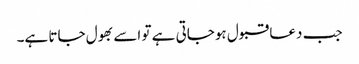
جب دعا قبول ہوجاتی ہے تو اسے بھول جاتا ہے۔